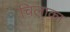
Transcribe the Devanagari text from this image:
चिलाका